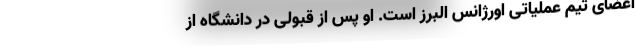
اعضای تیم عملیاتی اورژانس البرز است. او پس از قبولی در دانشگاه از